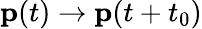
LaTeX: \mathbf{p}(t)\rightarrow\mathbf{p}(t+t_{0})